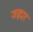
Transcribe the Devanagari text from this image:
जड़दार